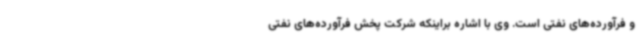
و فرآورده‌های نفتی است. وی با اشاره براینکه شرکت پخش فرآورده‌های نفتی